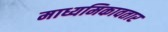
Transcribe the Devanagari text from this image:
माध्यमिकावतार